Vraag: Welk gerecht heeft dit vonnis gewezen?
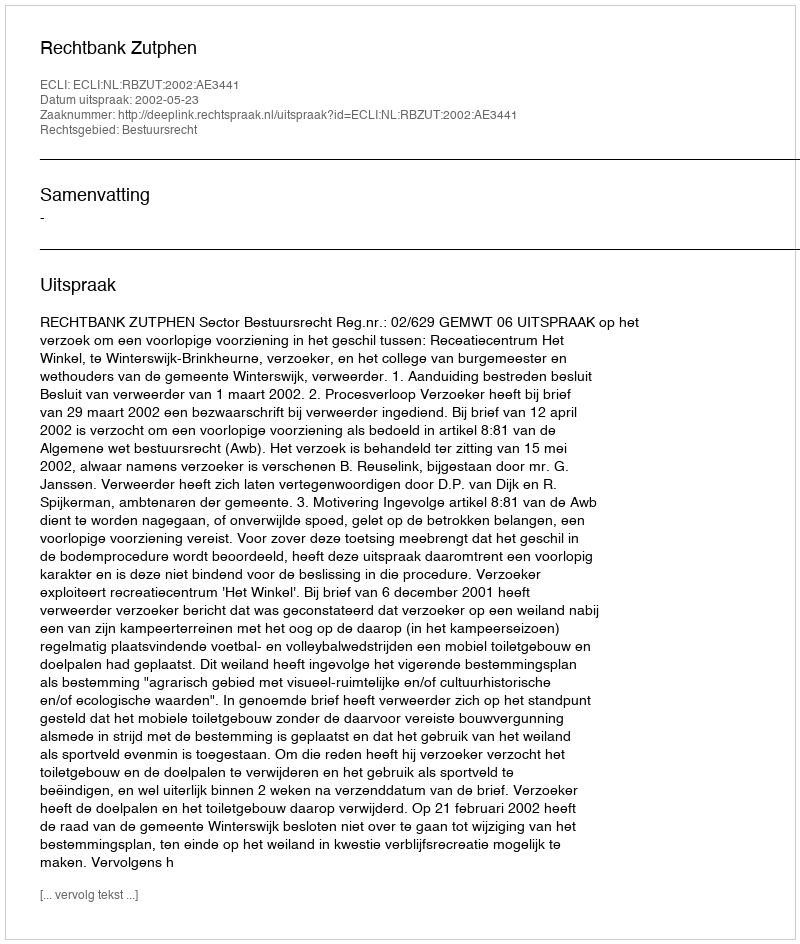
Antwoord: Rechtbank Zutphen